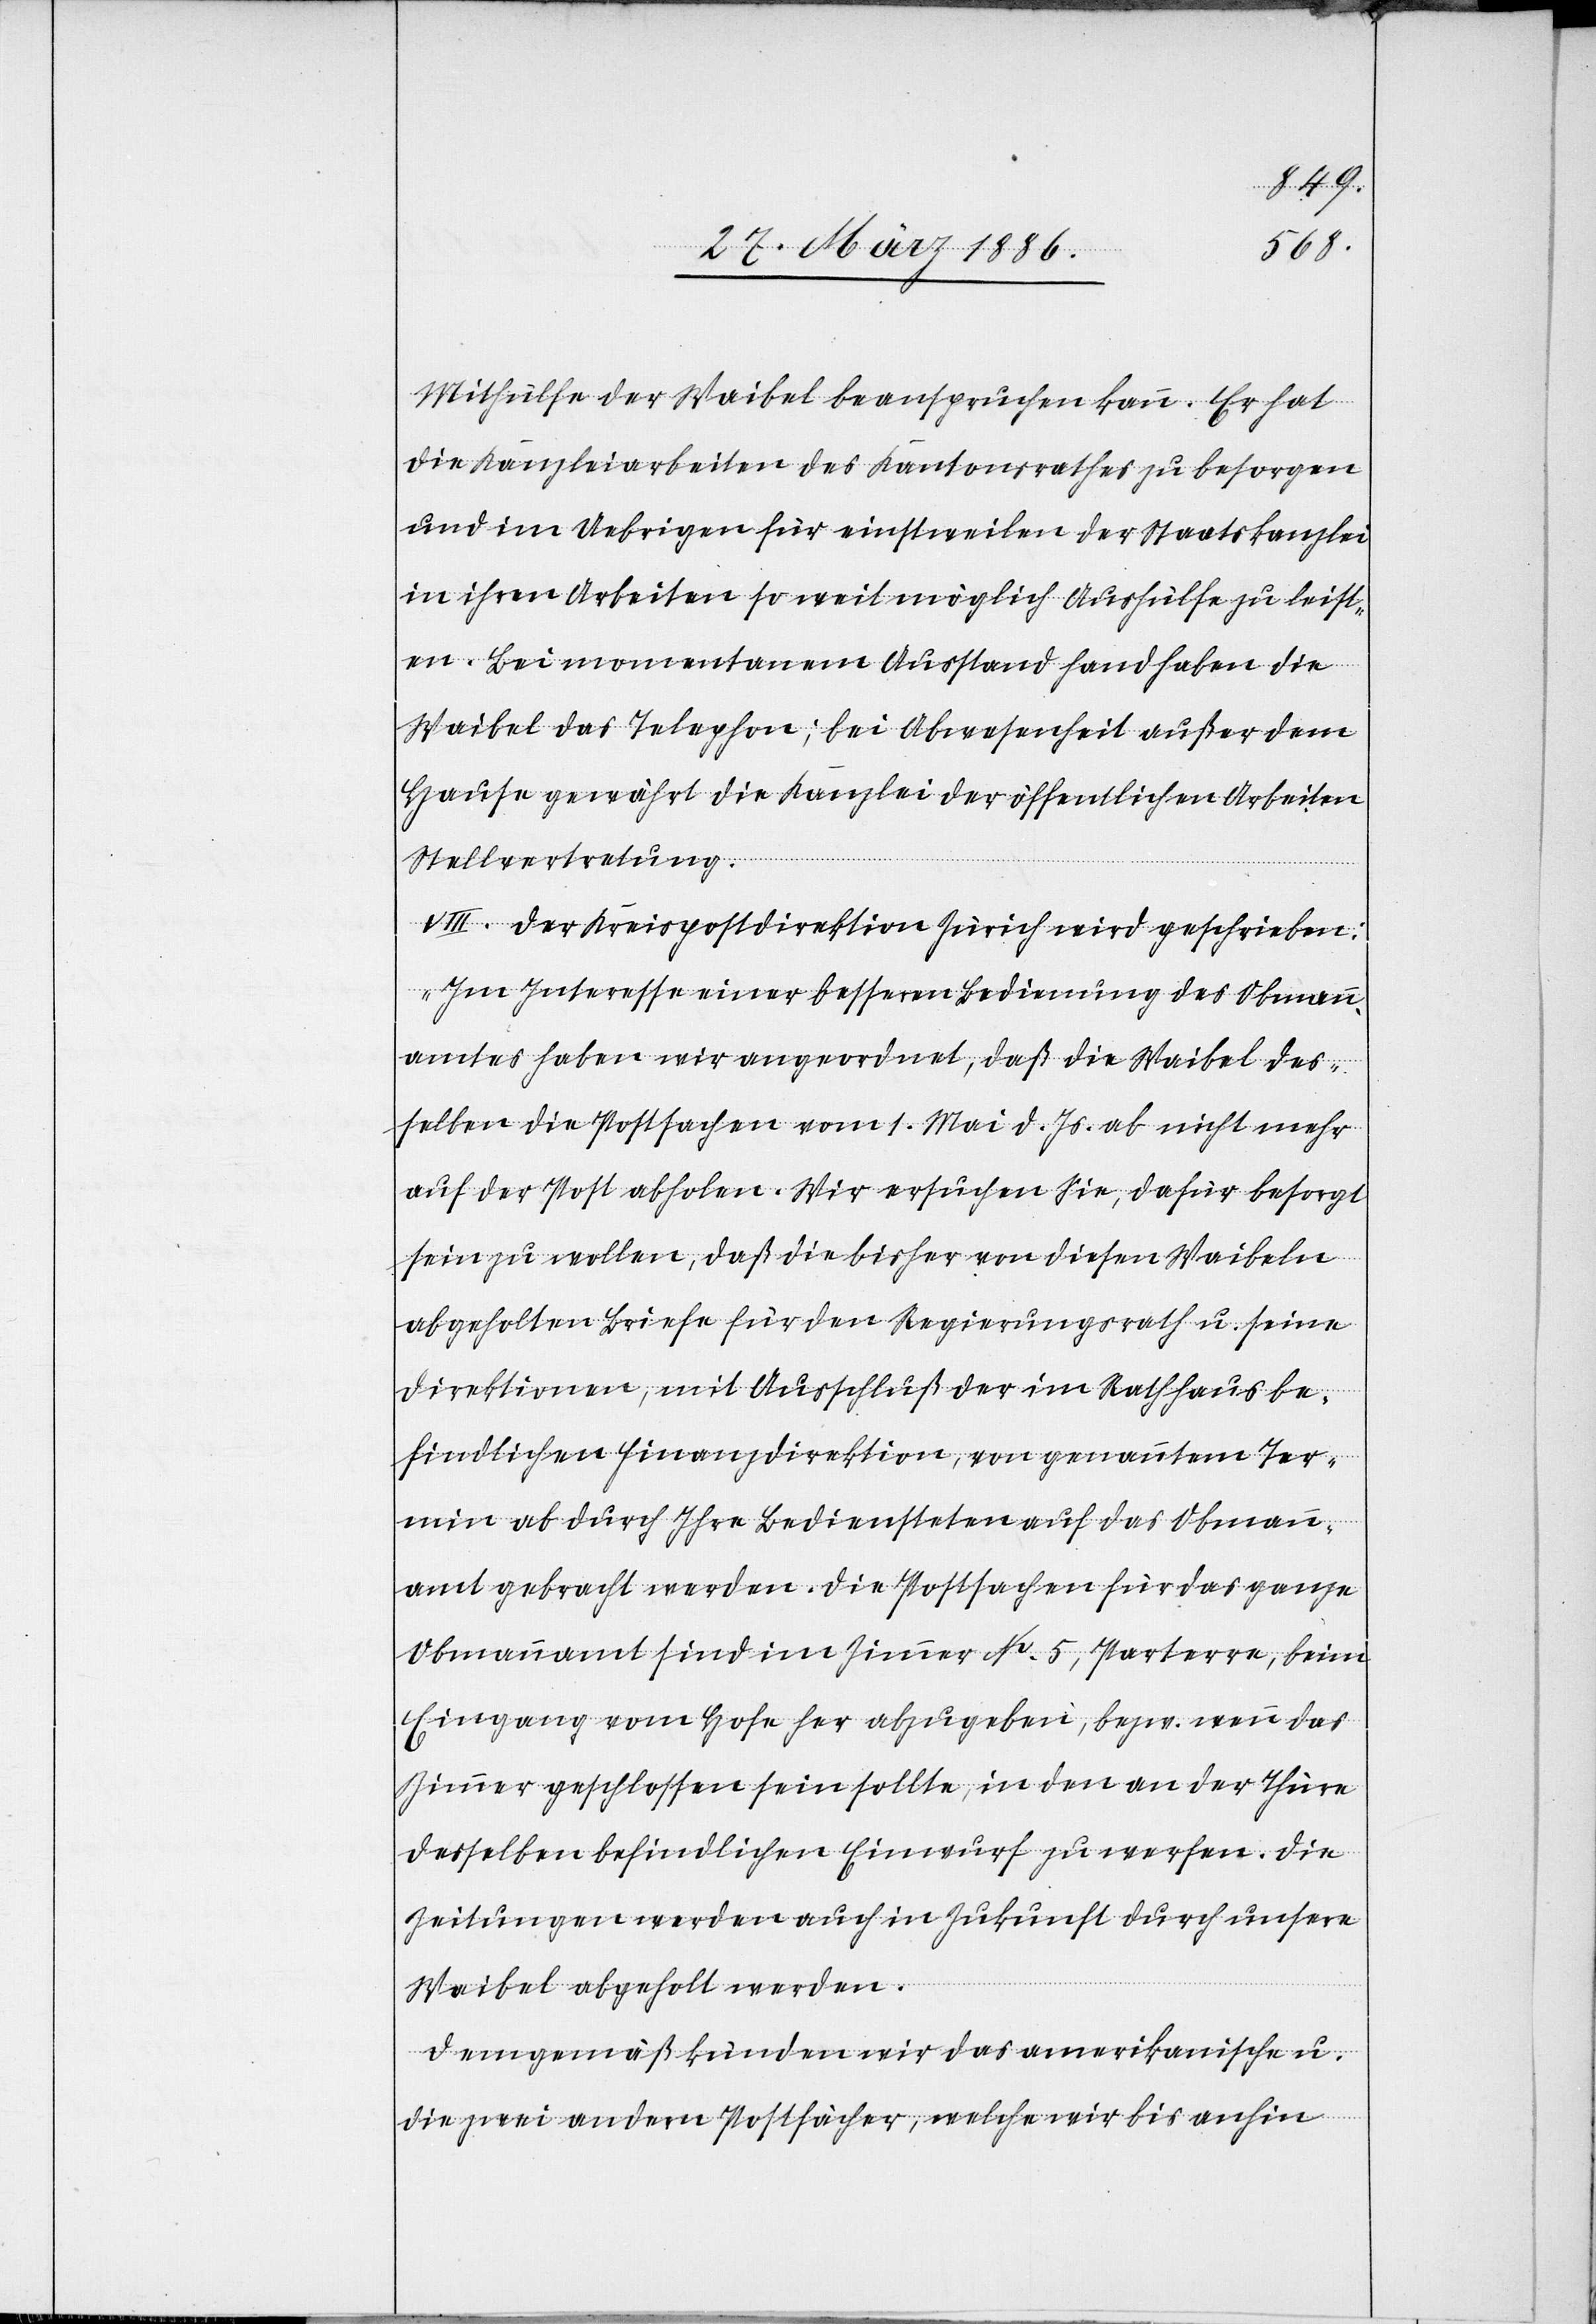
Mithülfe der Waibel beanspruchen kann. Er hat
die Kanzleiarbeiten des Kantonsrathes zu besorgen
und im Uebrigen für einstweilen der Staatskanzlei
in ihren Arbeiten so weit möglich Aushülfe zu leist¬
en. Bei momentanem Ausstand handhaben die
Waibel das Telephon; bei Abwesenheit außer dem
Hause gewährt die Kanzlei der öffentlichen Arbeiten
Stellvertretung.
VIII. Der Kreispostdirektion Zürich wird geschrieben:
„Im Interesse einer besseren Bedingung des Obmann¬
amtes haben wir angeordnet, daß die Waibel des¬
selben die Postsachen vom 1. Mai d. Js. ab nicht mehr
auf der Post abholen. Wir ersuchen Sie, dafür besorgt
sein zu wollen, daß die bisher von diesen Waibeln
abgeholten Briefe für den Regierungsrath u. seine
Direktionen, mit Ausschluß der im Rathhaus be¬
findlichen Finanzdirektion, von genanntem Ter¬
min ab durch Ihre Bediensteten auf das Obmann¬
amt gebracht werden. Die Postsachen für das ganze
Obmannamt sind im Zimmer No. 5, Parterre, beim
Eingang vom Hofe her abzugeben, bzw. wenn das
Zimmer geschlossen sein wollte, in den an der Thüre
desselben befindlichen Einwurf zu werfen. Die
Zeitungen werden auch in Zukunft durch unsere
Waibel abgeholt werden.
Demgemäß künden wir das amerikanische u.
die zwei andern Postfächer, welche wir bis anhin